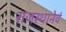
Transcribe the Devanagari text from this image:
राजस्थानेवं